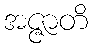
အဇ္ဇာတိ